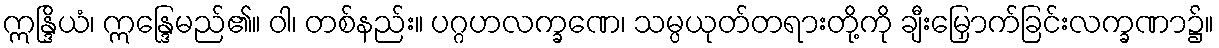
ဣန္ဒြိယံ၊ ဣန္ဒြေမည်၏။ ဝါ၊ တစ်နည်း။ ပဂ္ဂဟလက္ခဏေ၊ သမ္ပယုတ်တရားတို့ကို ချီးမြှောက်ခြင်းလက္ခဏာ၌။